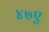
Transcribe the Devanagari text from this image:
४७ए